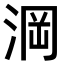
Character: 𣷣